NASA-UAP-D4, Apollo 11 Technical Crew Debriefing, 1969
Page 9
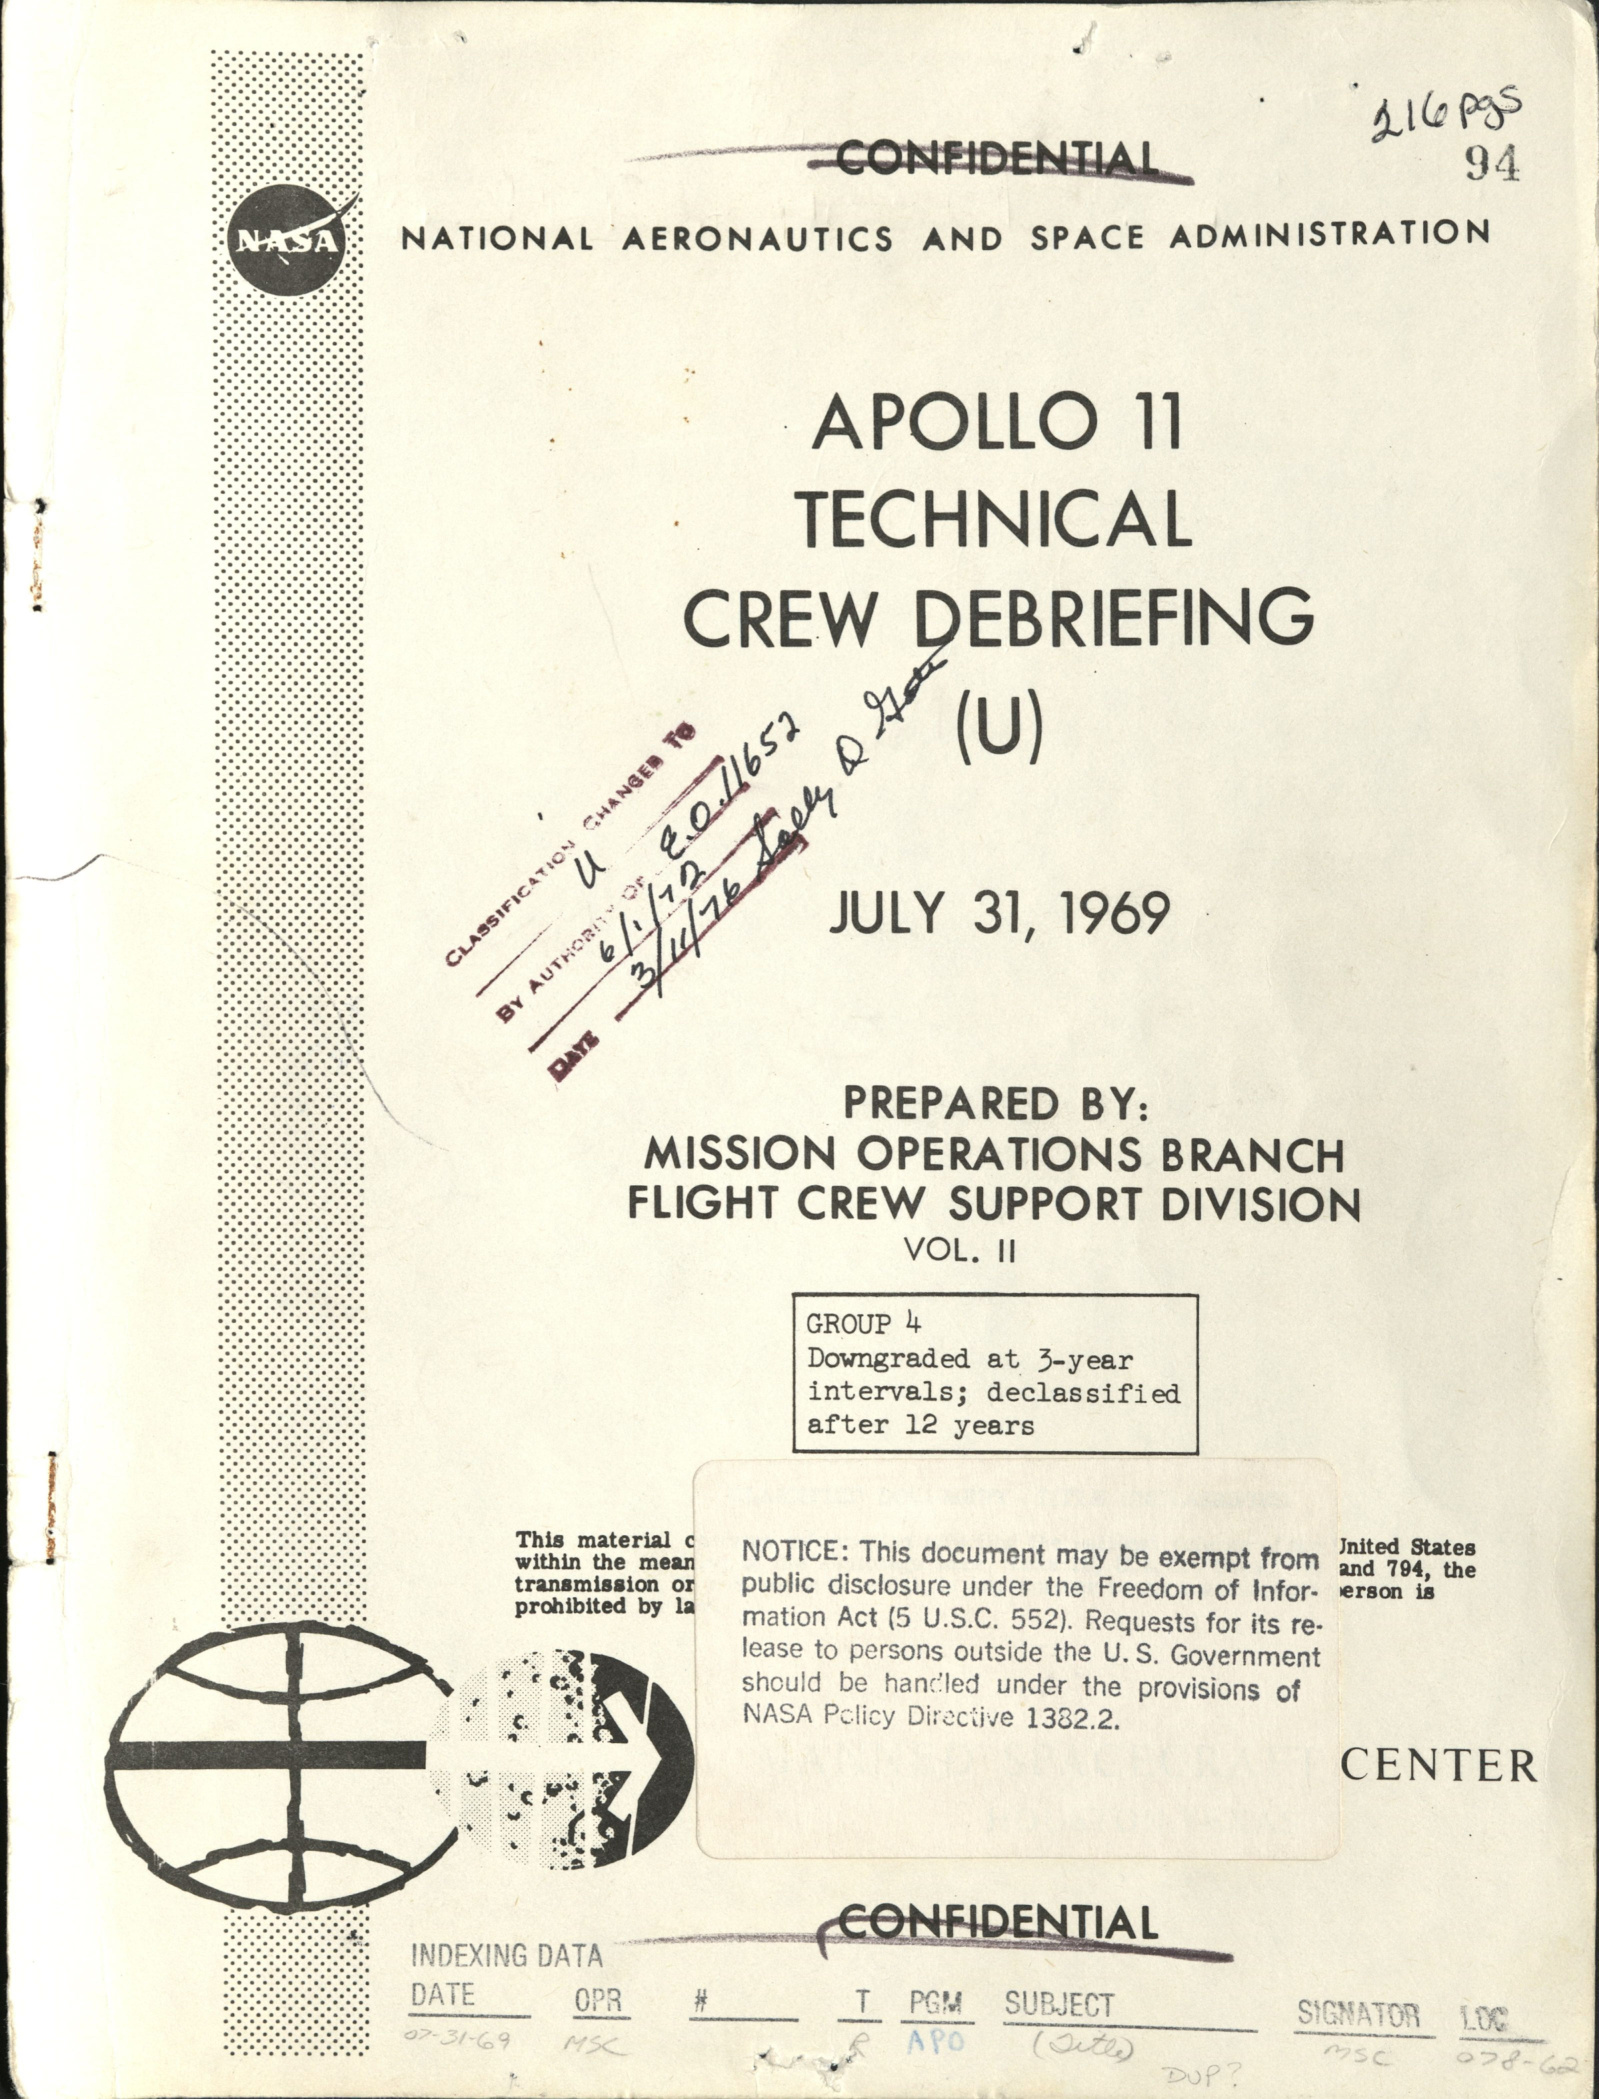